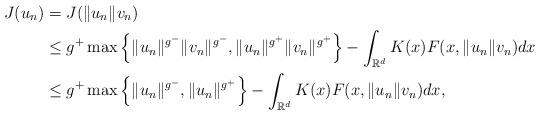
LaTeX: \begin{align*}J( u_n) & =J(\Vert u_n\Vert v_n )\\ & \leq g^+\max\left\lbrace \Vert u_n\Vert^{g^-}\Vert v_n\Vert^{g^-},\Vert u_n\Vert^{g^+}\Vert v_n\Vert^{g^+} \right\rbrace - \int_{\mathbb{R}^{d}}K(x)F(x,\Vert u_n\Vert v_n) dx\\ & \leq g^+\max\left\lbrace \Vert u_n\Vert^{g^-},\Vert u_n\Vert^{g^+} \right\rbrace - \int_{\mathbb{R}^{d}}K(x)F(x,\Vert u_n\Vert v_n) dx,\end{align*}